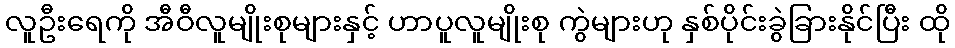
လူဦးရေကို အီဝီလူမျိုးစုများနှင့် ဟာပူလူမျိုးစု ကွဲများဟု နှစ်ပိုင်းခွဲခြားနိုင်ပြီး ထို